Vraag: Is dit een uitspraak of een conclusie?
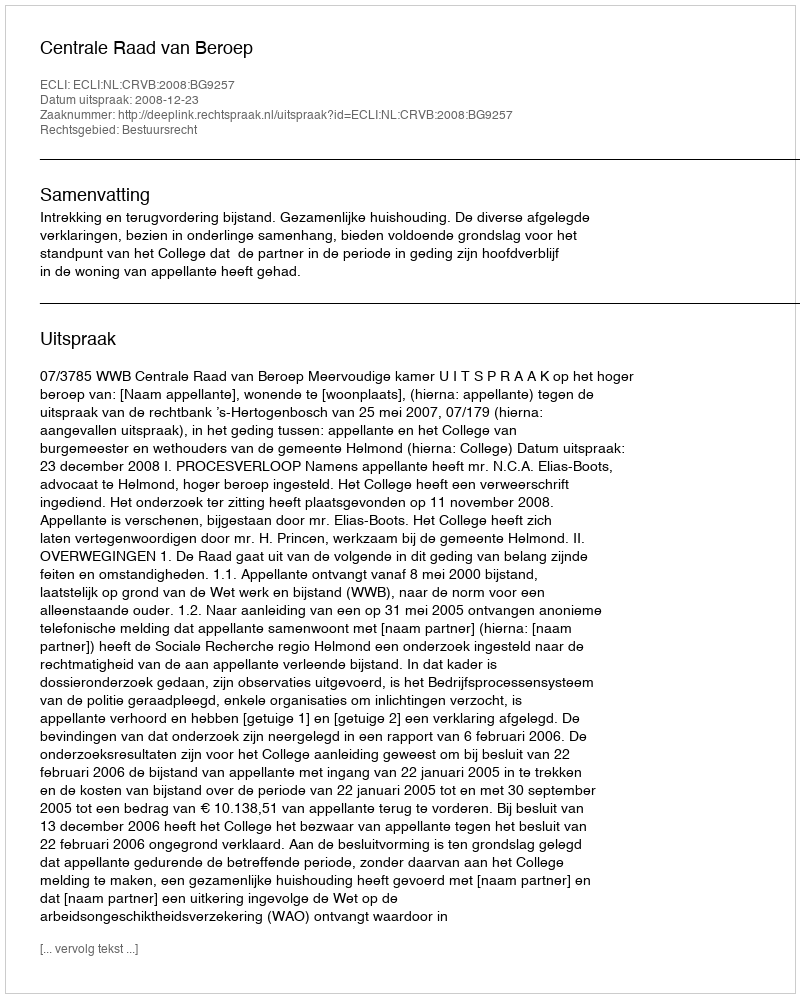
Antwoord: Uitspraak